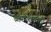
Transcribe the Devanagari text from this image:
ब्रह्मदेशातही